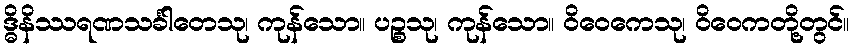
ဒ္ဓိနိဿရဏသင်္ခါတေသု၊ ကုန်သော။ ပဉ္စသု၊ ကုန်သော။ ဝိဝေကေသု၊ ဝိဝေကတို့တွင်။